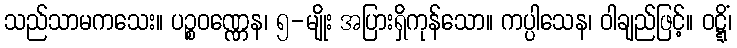
သည်သာမကသေး။ ပဉ္စဝဏ္ဏေန၊ ၅-မျိုး အပြားရှိကုန်သော။ ကပ္ပါသေန၊ ဝါချည်ဖြင့်။ ဝဋ္ဋိံ၊